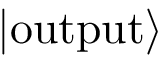
| \mathrm { o u t p u t } \rangle